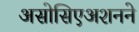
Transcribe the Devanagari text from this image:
असोसिएअशनने